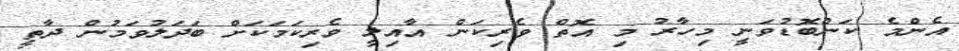
އެންމެ ކަންބޮޑުވަނީ މިހާރު މި އޮތް ވެރިކަން އާއިލީ ވެރިކަމަކަށް ބަދަލުވަމުން ދާތީ